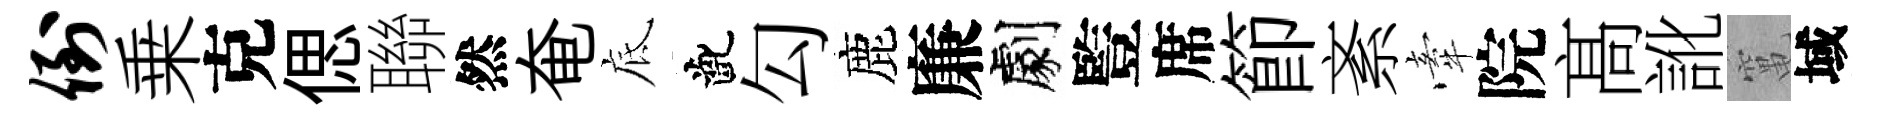
倒乗克偲聯然奄底齔勾鹿廉劇䜿席節紊牽院髙訛𥧄域